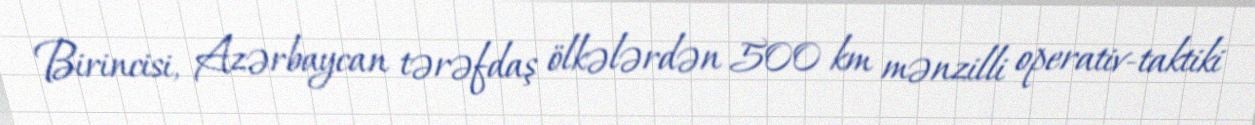
Birincisi, Azərbaycan tərəfdaş ölkələrdən 500 km mənzilli operativ-taktiki